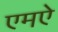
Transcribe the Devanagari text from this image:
एमऐ